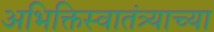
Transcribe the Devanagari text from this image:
अभिक्तिस्वातंत्र्याच्या